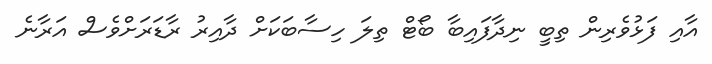
އާއި ފަޅުވެރިން ތިބީ ނިދާފައިބާ ބޯޓް ތިލަ ހިސާބަކަށް ދާއިރު ރާޑަރަށްވެސް އަރާނެ